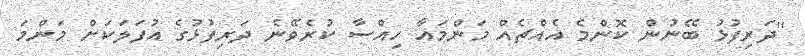
''ދަރިފުޅު ބޭނުން ކޮންމެ އެއްޗެއް މަންމައާ ހިއްސާ ކުރެވޭނެ ދަރިފުޅުގެ އުފަލަކަށް މަންމަ